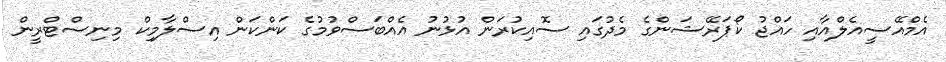
އެމްއޭސީއެލްއާއި ހައްޖު ކޯޕަރޭޝަންގެ މެދުގައި ސޮއިކުރަން އުޅުނު އެއްބަސްވުމުގެ ކަންކަން އިސްލާމިކް މިނިސްޓްރީން